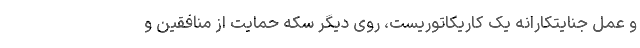
و عمل جنایتکارانه یک کاریکاتوریست، روی دیگر سکه حمایت از منافقین و